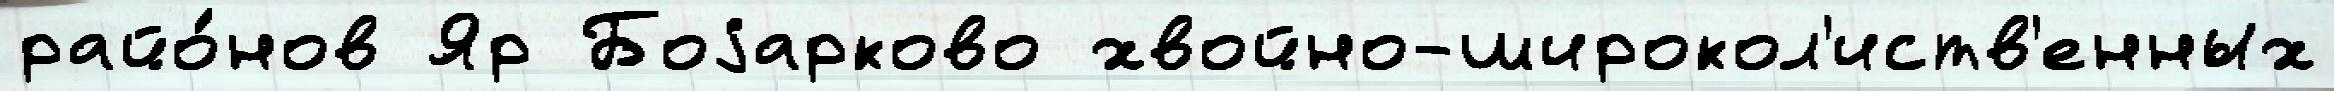
райо́нов Яр Боjарково хвойно-широкол'иств'енных